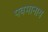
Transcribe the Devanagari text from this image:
पवमानाय